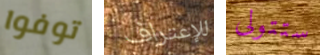
توفوا للإعتراف ستتولى